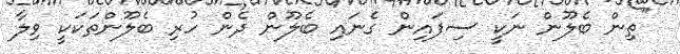
"ތިން ބެލޫން ނަކީ ސިފައިން ގެނައި ބެލޫން ދެން ހުރި ބެލޫންތަކަކީ ވިލާ